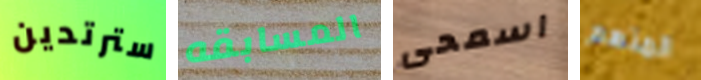
سترتدين المسابقه اسمحى المتهم